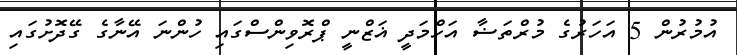
އުމުރުން 5 އަހަރުގެ މުރްތަޟާ އަހްމަދީ ޣަޒްނީ ޕްރޮވިންސްގައި ހުންނަ އޭނާގެ ގޭދޮށުގައި